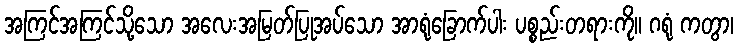
အကြင်အကြင်သို့သော အလေးအမြတ်ပြုအပ်သော အာရုံခြောက်ပါး ပစ္စည်းတရားကို။ ဂရုံ ကတွာ၊